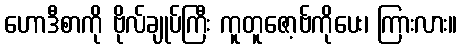
ဟောဒီစာကို ဗိုလ်ချုပ်ကြီး ကူတူဇော့ဗ်ကိုပေး၊ ကြားလား။